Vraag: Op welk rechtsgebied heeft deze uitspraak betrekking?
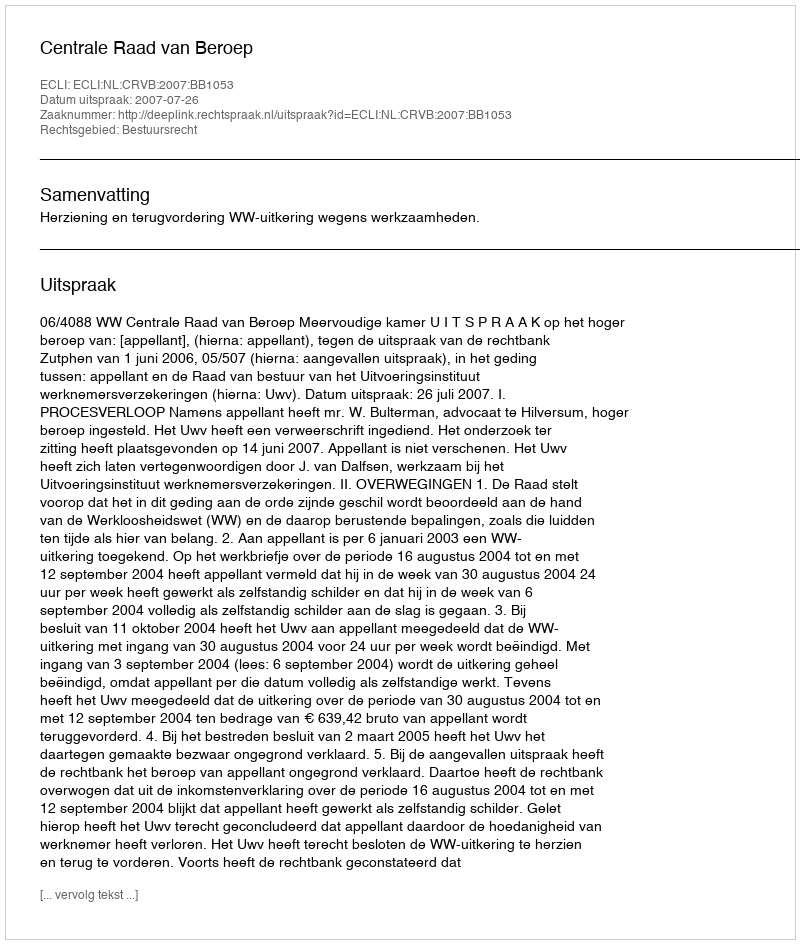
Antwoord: Bestuursrecht